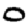
Digit: 0